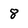
Character: 8